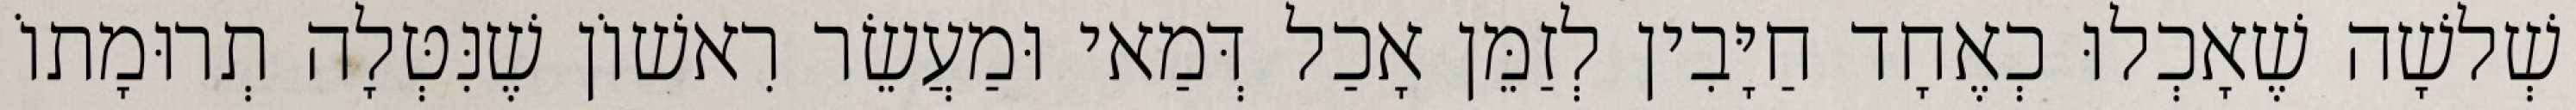
שְׁלשָׁה שֶׁאָכְלוּ כְאֶחָד חַיָּבִין לְזַמֵּן אָכַל דְּמַאי וּמַעֲשֵׂר רִאשׁוֹן שֶׁנִּטְּלָה תְרוּמָתוֹ